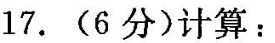
17.(6分)计算：